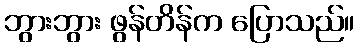
ဘွားဘွား ဖွန်တိန်က ပြောသည်။